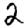
Digit: 2